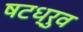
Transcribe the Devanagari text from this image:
षटध्रुव